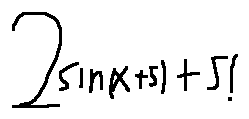
2 \sin ( x + 5 ) + 5 !